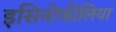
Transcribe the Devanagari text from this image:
इसिनोफीलिया